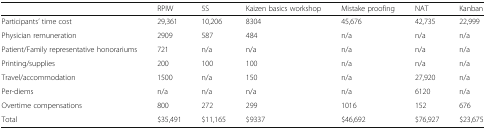
<table><thead><tr><td></td><td><b>RPIW</b></td><td><b>5S</b></td><td><b>Kaizen basics workshop</b></td><td><b>Mistake proofing</b></td><td><b>NAT</b></td><td><b>Kanban</b></td></tr></thead><tbody><tr><td>Participants’ time cost</td><td>29,361</td><td>10,206</td><td>8304</td><td>45,676</td><td>42,735</td><td>22,999</td></tr><tr><td>Physician remuneration</td><td>2909</td><td>587</td><td>484</td><td>n/a</td><td>n/a</td><td>n/a</td></tr><tr><td>Patient/Family representative honorariums</td><td>721</td><td>n/a</td><td>n/a</td><td>n/a</td><td>n/a</td><td>n/a</td></tr><tr><td>Printing/supplies</td><td>200</td><td>100</td><td>100</td><td>n/a</td><td>n/a</td><td>n/a</td></tr><tr><td>Travel/accommodation</td><td>1500</td><td>n/a</td><td>150</td><td>n/a</td><td>27,920</td><td>n/a</td></tr><tr><td>Per-diems</td><td>n/a</td><td>n/a</td><td>n/a</td><td>n/a</td><td>6120</td><td>n/a</td></tr><tr><td>Overtime compensations</td><td>800</td><td>272</td><td>299</td><td>1016</td><td>152</td><td>676</td></tr><tr><td>Total</td><td>$35,491</td><td>$11,165</td><td>$9337</td><td>$46,692</td><td>$76,927</td><td>$23,675</td></tr></tbody></table>